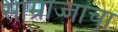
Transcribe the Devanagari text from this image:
साम्राज्जाचा